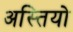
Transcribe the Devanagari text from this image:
अस्तियो